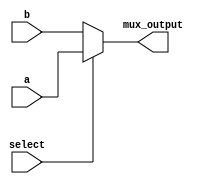

module MUX (
    input select,
    input [31:0] a, b,
    output [31:0] mux_output
);

    assign mux_output = select ? a : b;

endmodule